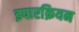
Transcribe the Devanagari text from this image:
इपारक्रियन